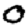
Digit: 0